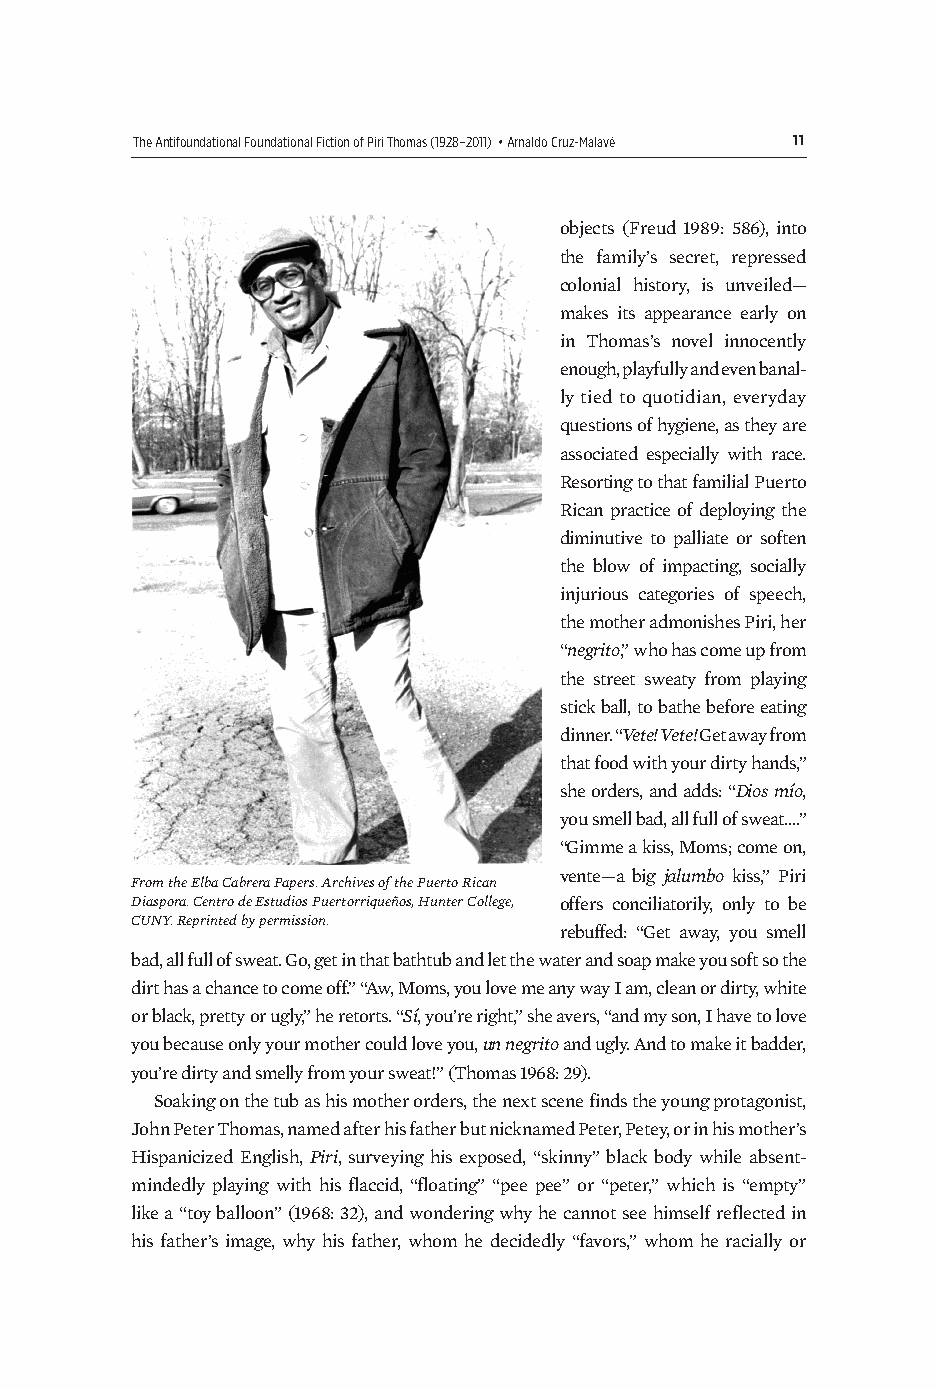
The Antifoundational Foundational Fiction of Piri Thomas (1928–2011) • Arnaldo Cruz-Malavé 11
 objects (Freud 1989: 586), into
 the family’s secret, repressed
 colonial history, is unveiled—
 makes its appearance early on
 in Thomas’s novel innocently
 enough, playfully and even banal-
 ly tied to quotidian, everyday
 questions of hygiene, as they are
 associated especially with race.
 Resorting to that familial Puerto
 Rican practice of deploying the
 diminutive to palliate or soften
 the blow of impacting, socially
 injurious categories of speech,
 the mother admonishes Piri, her
 “negrito,” who has come up from
 the street sweaty from playing
 stick ball, to bathe before eating
 dinner. “Vete! Vete! Get away from
 that food with your dirty hands,”
 she orders, and adds: “Dios mío,
 you smell bad, all full of sweat....”
 “Gimme a kiss, Moms; come on,
 vente—a big jalumbo kiss,” Piri
 From the Elba Cabrera Papers. Archives of the Puerto Rican
 Diaspora. Centro de Estudios Puertorriqueños, Hunter College, offers conciliatorily, only to be
 CUNY. Reprinted by permission.
 rebuffed: “Get away, you smell
 bad, all full of sweat. Go, get in that bathtub and let the water and soap make you soft so the
 dirt has a chance to come off.” “Aw, Moms, you love me any way I am, clean or dirty, white
 or black, pretty or ugly,” he retorts. “Sí, you’re right,” she avers, “and my son, I have to love
 you because only your mother could love you, un negrito and ugly. And to make it badder,
 you’re dirty and smelly from your sweat!” (Thomas 1968: 29).
 Soaking on the tub as his mother orders, the next scene finds the young protagonist,
 John Peter Thomas, named after his father but nicknamed Peter, Petey, or in his mother’s
 Hispanicized English, Piri, surveying his exposed, “skinny” black body while absent-
 mindedly playing with his flaccid, “floating” “pee pee” or “peter,” which is “empty”
 like a “toy balloon” (1968: 32), and wondering why he cannot see himself reflected in
 his father’s image, why his father, whom he decidedly “favors,” whom he racially or